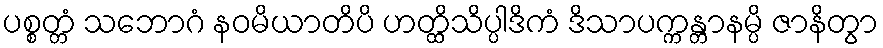
ပစ္စတ္တံ သဘောဂံ နဝမိယာတိပိ ဟတ္ထိသိပ္ပါဒိကံ ဒိသာပက္ကန္တာနမ္ပိ ဇာနိတွာ